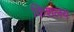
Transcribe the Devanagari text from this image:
किशलय